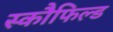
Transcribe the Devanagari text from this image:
स्कौफिल्ड